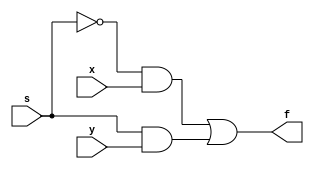
module mux(input x,y,s, output f);
and(a,~s,x);
and(b,s,y);
or(f,a,b);
endmodule